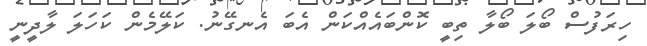
ހިރަފުސް ބޯލަ ބޯލާ ތިބީ ކޮންބައެއްކަން އެބަ އެނގޭނު. ކަލޭމެން ކަހަލަ ލާދީނީ